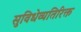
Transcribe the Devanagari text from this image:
सुविधेव्यतिरिक्त